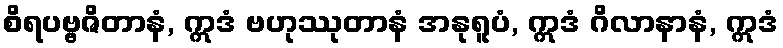
စိရပဗ္ဗဇိတာနံ, ဣဒံ ဗဟုဿုတာနံ အနုရူပံ, ဣဒံ ဂိလာနာနံ, ဣဒံ